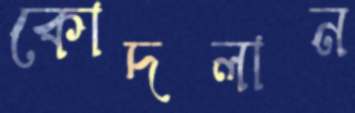
কোদলান